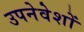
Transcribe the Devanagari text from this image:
उपनेवेशों